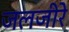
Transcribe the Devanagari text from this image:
जलजीरे